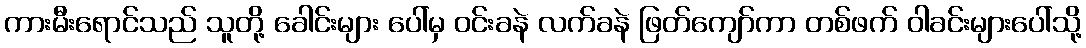
ကားမီးရောင်သည် သူတို့ ခေါင်းများ ပေါ်မှ ဝင်းခနဲ လက်ခနဲ ဖြတ်ကျော်ကာ တစ်ဖက် ဝါခင်းများပေါ်သို့